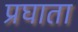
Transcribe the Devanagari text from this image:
प्रघाता